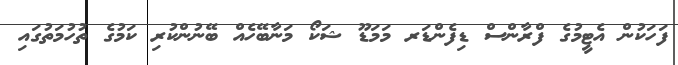
ފަހަކުން އެޓީމުގެ ފްރާންސް ޑިފެންޑަރ މަމަޑޫ ޝަކޯ މަނާބޭހެއް ބޭނުންކުރި ކަމުގެ ތުހުމަތުގައި